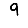
Digit: 9